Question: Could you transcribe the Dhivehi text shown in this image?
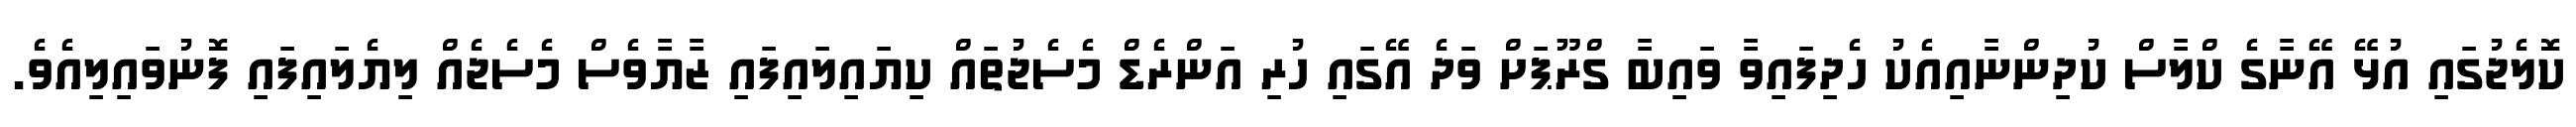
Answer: ކޮލެޖުގައި އުޅޭ އޭނާގެ ކްލާސް ކުދިންނާއިއެކު ހެދިފައިވާ ވައިބާ ގްރޫޕަށް ވަދެ އޭގައި ހުރި އަންރެޑް މެސެޖުތައް ކިޔައިލައިފައި ޒާޔާވެސް މެސެޖެއް ލިޔެލައިފައި ފޮނުވައިލިއެވެ.